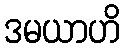
ဒမယာဟိ